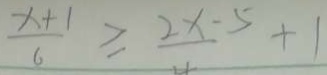
\frac { x + 1 } { 6 } \geq \frac { 2 x - 5 } { 4 } + 1